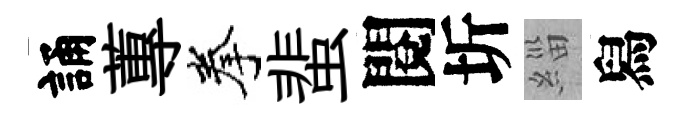
誦蓴拳蜚閱圻緇舄